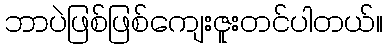
ဘာပဲဖြစ်ဖြစ်ကျေးဇူးတင်ပါတယ်။